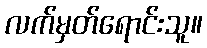
လက်မှတ်ရောင်းသူ။